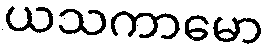
ယသကာမော